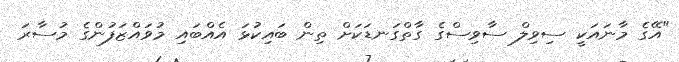
"އޭގެ މާނައަކީ ސިވިލް ސާވިސްގެ ގާތްގަނޑަކަށް ތިން ބައިކުޅަ އެއްބައި މުވައްޒަފުންގެ މުސާރަ